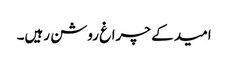
امید کے چراغ روشن رہیں۔